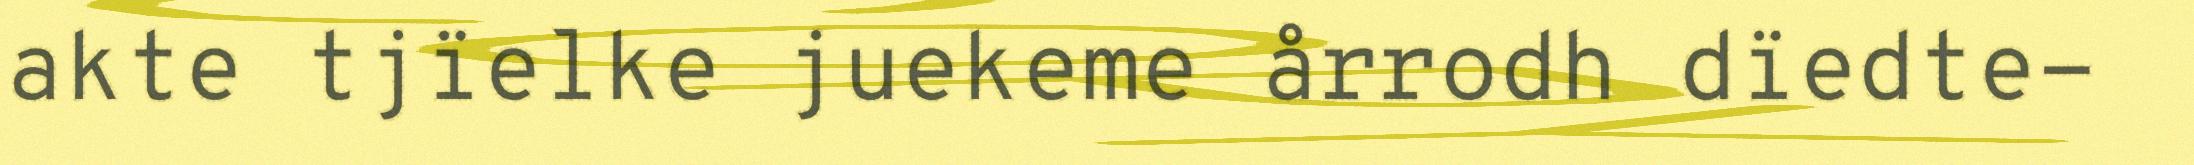
akte tjïelke juekeme årrodh dïedte-